Tartu_Kolgata_baptistikogudus, lk 13
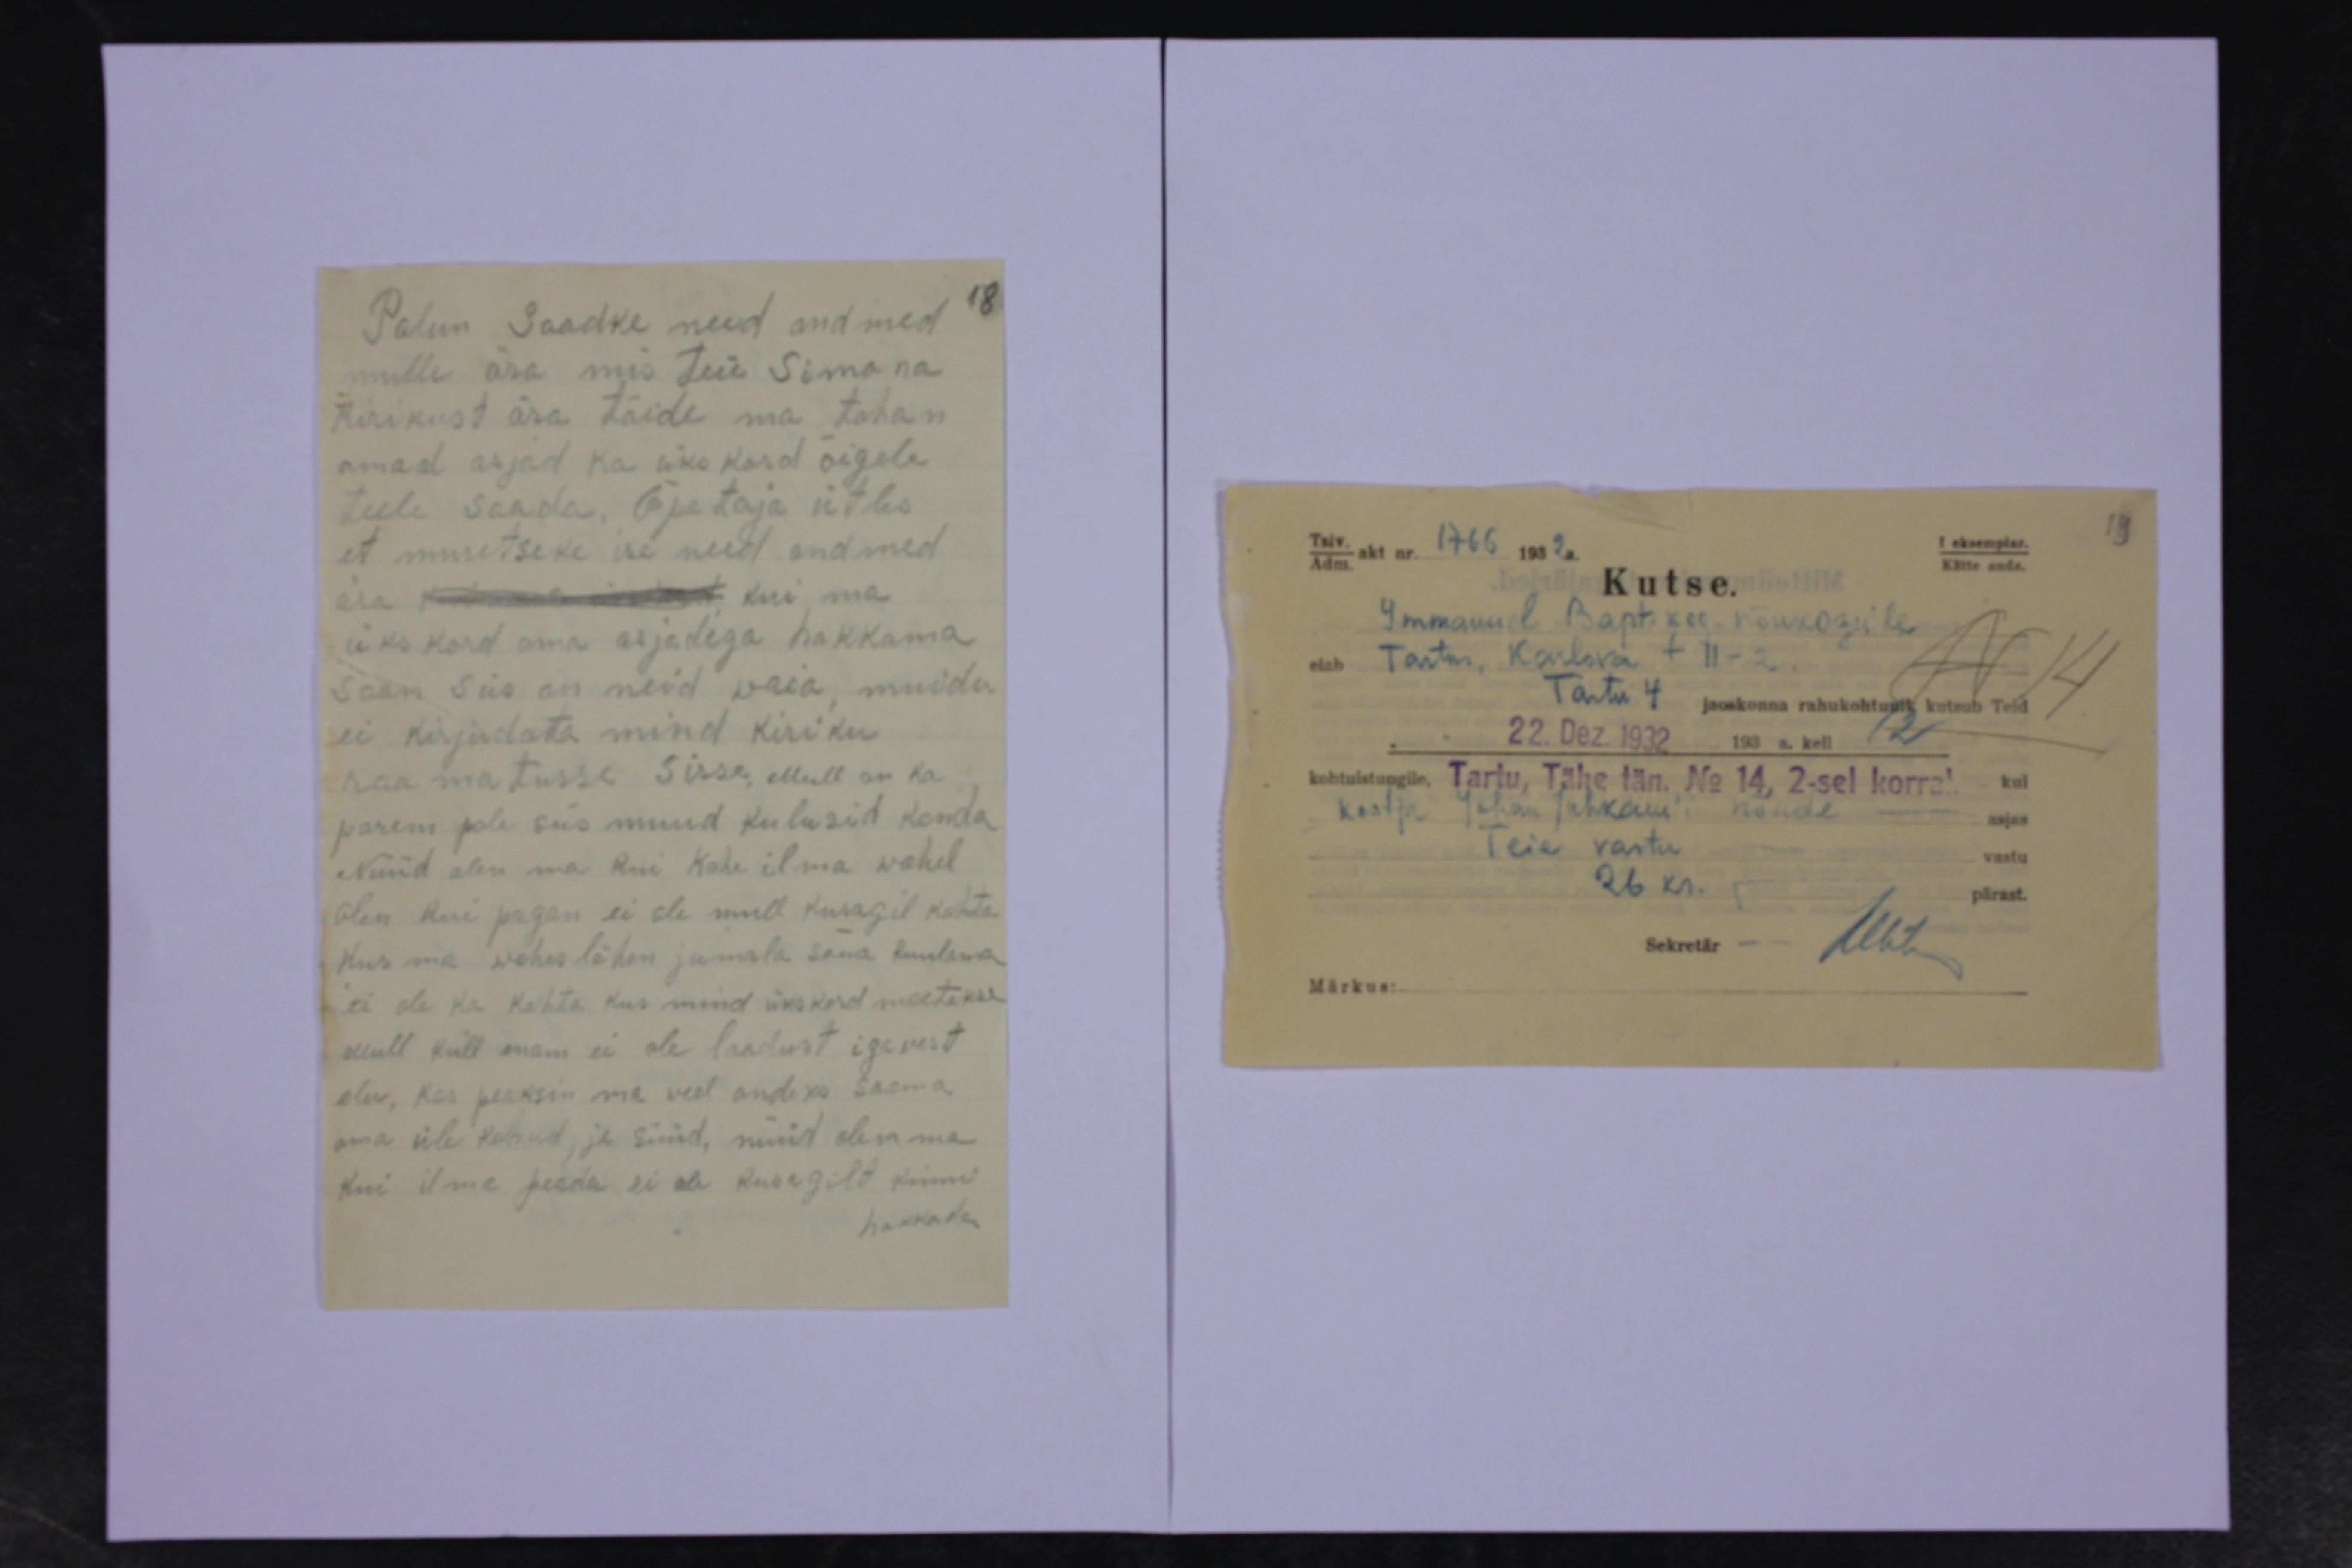
Palun Saadke need andmed
18
mulle ära mis teie Simona.
Kirikust ära täide ma tahan.
omad asjad ka üks kord õigele
teele saada. Õpetaja ütles
et muretseke ise need andmed
ära südamead kui ma
üks kord oma asjadega hakkama
saan siis on neid vaia, muidu
ei kirjudata mind kiriku
raamatusse Sisse, Mull on ka
parem pole siis muud kulusid kanda
Nüüd olen ma kui kahe ilma wahel
Olen kui pagan ei ole mull kusagil kohta
Kus ma wähes lähen jumala sõna kuulama
ei ole ka kohta kus mind ükskord maetekse.
Mull küll enam ei ole loodust igavest
elu, kas peaksin ma veel andeks saama,
oma üle kohud, ja süüd, nüüd olen ma
kui ilma peada ei ole kusagilt kinni
hakkada